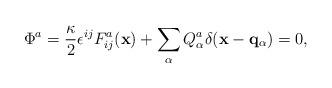
LaTeX: \begin{align*}\Phi^a = {\kappa \over 2}\epsilon^{ij} F^a_{ij} ({\bf x}) +\sum_\alpha Q^a_\alpha \delta({\bf x}- {\bf q}_\alpha) =0,\end{align*}